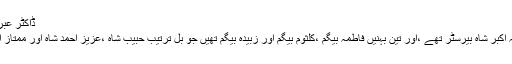
ڈاکٹر عبرت بہرائچی لکھتے ہیں کہ
” آپ کے ایک بھائی خواجہ اکبر شاہ بیرسٹر تھے ،اور تین بہنیں فاطمہ بیگم ،کلثوم بیگم اور زبیدہ بیگم تھیں جو بل ترتیب حبیب شاہ ،عزیز احمد شاہ اور ممتاز احمد شاہ سے منسوب تھیں۔